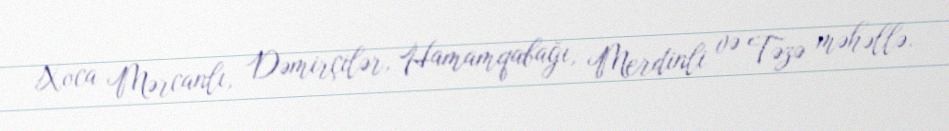
Xoca Mərcanlı, Dəmirçilər, Hamamqabağı, Merdinli və Təzə məhəllə.